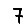
Digit: 7